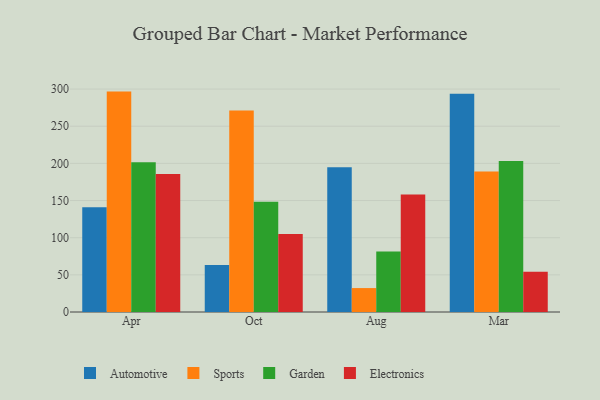
{"axis": {"x": "Month", "y": "Revenue (USD Million)"}, "legend": ["Automotive", "Electronics", "Garden", "Sports"], "data": [{"x": "Apr", "y": 141.1, "type": "Automotive"}, {"x": "Apr", "y": 296.6, "type": "Sports"}, {"x": "Apr", "y": 201.5, "type": "Garden"}, {"x": "Apr", "y": 185.7, "type": "Electronics"}, {"x": "Oct", "y": 63.3, "type": "Automotive"}, {"x": "Oct", "y": 271.2, "type": "Sports"}, {"x": "Oct", "y": 148.5, "type": "Garden"}, {"x": "Oct", "y": 104.8, "type": "Electronics"}, {"x": "Aug", "y": 194.9, "type": "Automotive"}, {"x": "Aug", "y": 32.2, "type": "Sports"}, {"x": "Aug", "y": 81.3, "type": "Garden"}, {"x": "Aug", "y": 158.1, "type": "Electronics"}, {"x": "Mar", "y": 293.7, "type": "Automotive"}, {"x": "Mar", "y": 189.1, "type": "Sports"}, {"x": "Mar", "y": 203.3, "type": "Garden"}, {"x": "Mar", "y": 54.3, "type": "Electronics"}]}